Medical and sanitary report of the native army of Bengal for the year
Year: 1875
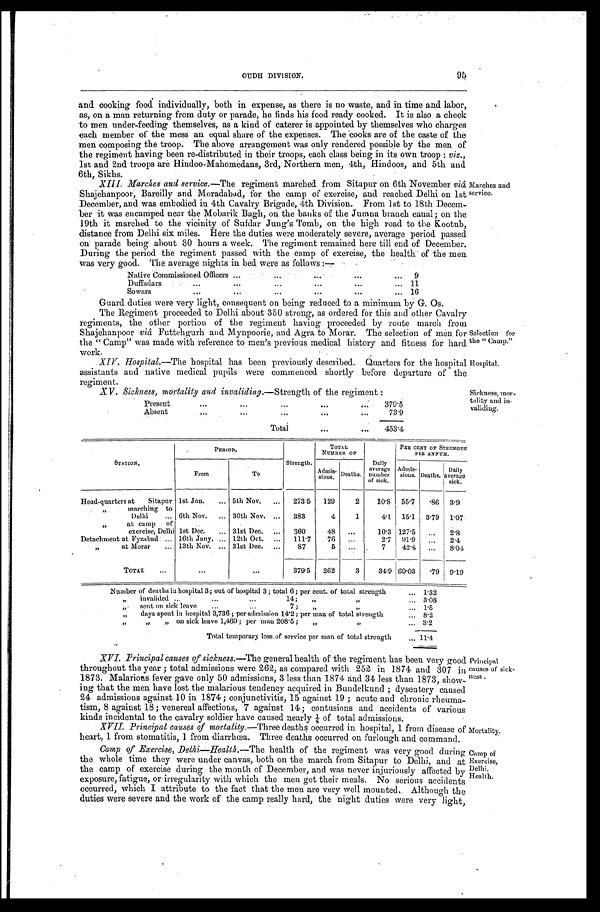
Selection for
the "Camp."
Hospital.
Sickness, mor-
tality and in
-validing.
Mortality.
Camp of
Exercise,
Delhi.
Health.
95
OUDH DIVI SION.
and cooking food individually, both in expense, as there is no waste, and in time and labor,
as, on a man returning from duty or parade, he finds his food ready cooked. It is also a check
to men under-feeding themselves, as a kind of caterer is appointed by themselves who charges
each member of the mess an equal share of' the expenses. The cooks are of the caste of the
men composing the troop. The above arrangement was only rendered possible by the men of
the regiment having been re-distributed in their troops, each class being in its own troop: viz.,
1st and 2nd troops are Hindoo-Mahomedans, 3rd, Northern men, 4th, Hindoos, and 5th and
6th, Sikhs.
XIII. Marches and service . —The regiment marched from Sitapur on 6th November viâ
Shajehanpoor, Bareilly and Moradabad, for the camp of exercise, and reached Delhi on 1st
December, and was embodied in 4th Cavalry Brigade, 4th Division. From 1st to 18th Decem
-ber it was encamped near the Mobarik Bagh, on the banks of the Jumna branch canal; on the
19th it marched to the vicinity of Sufdar Jung's Tomb, on the high road to the Kootub,
distance from Delhi six miles. Here the duties were moderately severe, average period passed
on parade being about 30 hours a week. The regiment remained here till end of December.
During the period the regiment passed with the camp of exercise, the health of the men
was very good. The average nights in bed were as follows:—
Native Commissioned Officers . . .
9
D u f f a d a r s . . .
11
S o w a r s
. . .
16
Marches and
service.
Guard duties were very light, consequent on being reduced to a minimum by G. Os.
The Regiment proceeded to Delhi about 350 strong, as ordered for this and other Cavalry
regiments, the other portion of the regiment having proceeded by route march from
Shajehanpoor viâ Futtehgurh and Mynpoorie, and Agra to Morar. The selection of men for
the "Camp" was made with reference to men's previous medical history and fitness for hard
work.
XIV. Hospital.—The hospital has been previously described. Quarters for the hospital
assistants and native medical pupils were commenced shortly before departure of the
regiment.
XV . Sickness, mortality and i nvaliding.—Strength of the regiment:
Present
.
.
.
379.5
Absent
. . .
73.9
Total
. . .
453.4
STATION.
P E R I O D .
Strength.
TOTAL
NUMBER OF
Daily
average
number
of sick.
PER CENT OF STRENGTH
PER ANNUM.
From
To
Admis-
sions. Deaths.
Admis-
sions. Deaths.
Daily
average sick.
Head-quarters at Sitapur 1st Jan.
. . . 5th Nov.
. . .
273.5
129
2
10.8 55.7
. 8 6 3.9
" marching to
Delhi . . . 6th Nov. . . . 30th Nov. . . .
383
4
1
4. 1
15.1
3.79 1.07
"
at camp of
exercise, Delhi 1st Dec.
. . . 31st Dec. . . .
360
48
. . .
10.3 127.5
. . . 2.8
Detachment at Fyzabad . . . 16th Jany . . . 12th Oct. . . .
111.7
76
. . .
2.7
91.9
. . . 2.4
" at Morar
. . . 13th Nov. . . . 31st Dec. . . .
87
5
. . .
7
42.4
. . . 8.04
TOTAL . . .
. . .
. . .
379.5
262
3
34.9 69.03
. 7 9 9.19
Number of deaths in hospital 3; out of hospital 3; total 6; per cent of total strength . . . 1.32
•
" i n v a l i d e d . . .
1 4 ;
" "
. . .
3.08
" s e n to
n s i c k
l e a v e . . . 7 " . . . " 1.5
" d a y s s p e n t
i n
h o s p i t a l 3 , 7 3 6 ; p e r a d m i s s i o n1
4 . 2 ; p e r
m a u
o f
t o t a l s t r e n g t h . . . 8.2
" " " on sick leave 1,460; per man 208.5; " " . . .
3.2
Total temporary loss of service per man of total strength . . . 11.4
XVI.
XVI. Principal causes of sickness.— The general health of the regiment has been very good
throughout the year; total admissions were 262, as compared with 252 in 1874 and 307 in
1873. Malarious fever gave only 50 admissions, 3 less than 1874 and 34 less than 1873,
show
- i n g t h a t t h e m e n h a v e l o s t t h e m a l a r i o u s t e n d e n c y a c q u i r e d i n B u n d e l k u n d ; d y s e n t e r y c a u s e d
24 admissions against 10 in 1874; conjunctivitis, 15 against 19; acute and chronic rheuma
-tism, 8 against 18; venereal affections, 7 against 14; contusions and accidents of various
kinds incidental to the cavalry soldier have caused nearly ¼ of total admissions.
XVII. Principal causes of mortality.— Three deaths occurred in hospital, 1 from disease of
heart, 1 from stomatitis, 1 from diarrhœa. Three deaths occurred on furlough and command.
Camp of Exercise, Delhi—Health.— The health of the regiment was very good during
the whole time they were under canvas, both on the march from Sitapur to Delhi, and at
the camp of exercise during the month of December, and was never injuriously affected by
exposure, fatigue, or irregularity with which the men got their meals. No serious accidents
occurred, which I attribute to the fact that the men are very well mounted. Although the
duties were severe and the work of the camp really hard, the night duties were very light,
Principal
causes of sick
-ness.